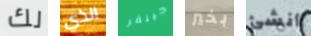
لك الذي جينفر بخير أنشئ